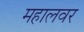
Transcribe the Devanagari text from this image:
महालवर